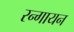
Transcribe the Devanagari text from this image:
रन्गायन